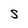
Character: S